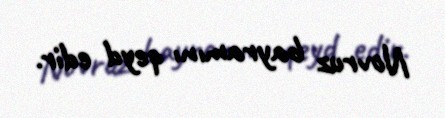
Novruz bayramını qeyd edir.